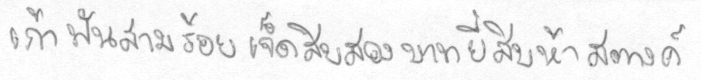
เก้าพันสามร้อยเจ็ดสิบสองบาทยี่สิบห้าสตางค์